Document type: Sale
Year: 1355
Scribe: Pere Borrell
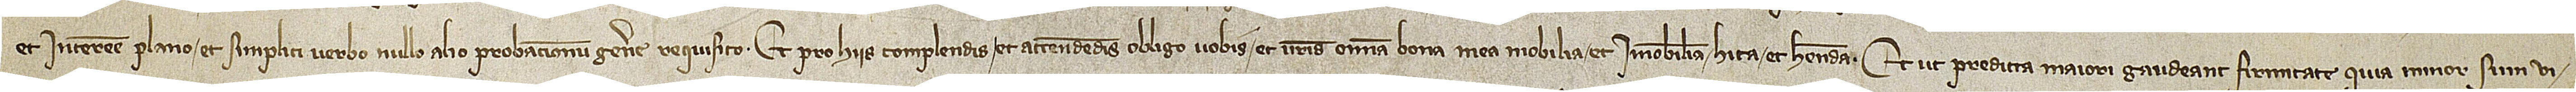
et interesse plano et simplici verbo, nullo alio probacionum genere requisito. Et pro hiis complendis et attendendis obligo vobis et vestris omnia bona mea, mobilia et immobilia, habita et habenda. Et ut predicta maiori gaudeant firmitate, quia minor sum vi-